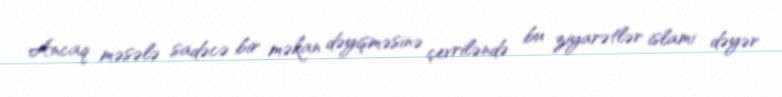
Ancaq məsələ sadəcə bir məkan dəyişməsinə çevriləndə bu ziyarətlər islami dəyər